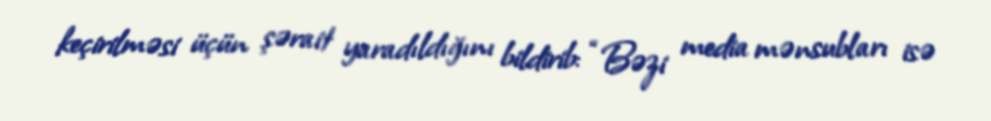
keçirilməsi üçün şərait yaradıldığını bildirib: “Bəzi media mənsubları isə